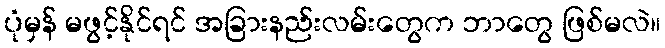
ပုံမှန် မဖွင့်နိုင်ရင် အခြားနည်းလမ်းတွေက ဘာတွေ ဖြစ်မလဲ။